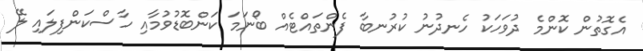
އެގޮތުން ކޮންމެ ދުވަހަކު ހެނދުނު ކުރުނބާ ފެންތައްޓެއް ބޯނަމަ ކަންބޮޑުވުމާއި ހާސްކަންފިލައި ލޭ